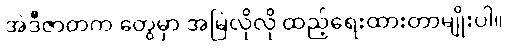
အဲဒီဇာတက တွေမှာ အမြဲလိုလို ထည့်ရေးထားတာမျိုးပါ။